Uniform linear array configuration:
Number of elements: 48
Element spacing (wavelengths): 0.25
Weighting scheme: kaiser
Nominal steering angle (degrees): -60
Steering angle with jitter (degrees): -59.597
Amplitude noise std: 0.05
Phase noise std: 0.05

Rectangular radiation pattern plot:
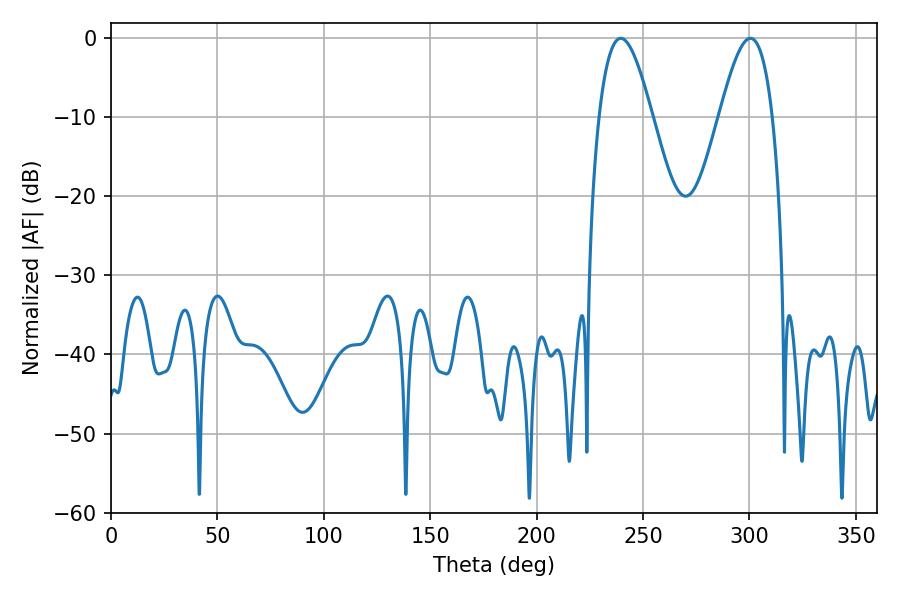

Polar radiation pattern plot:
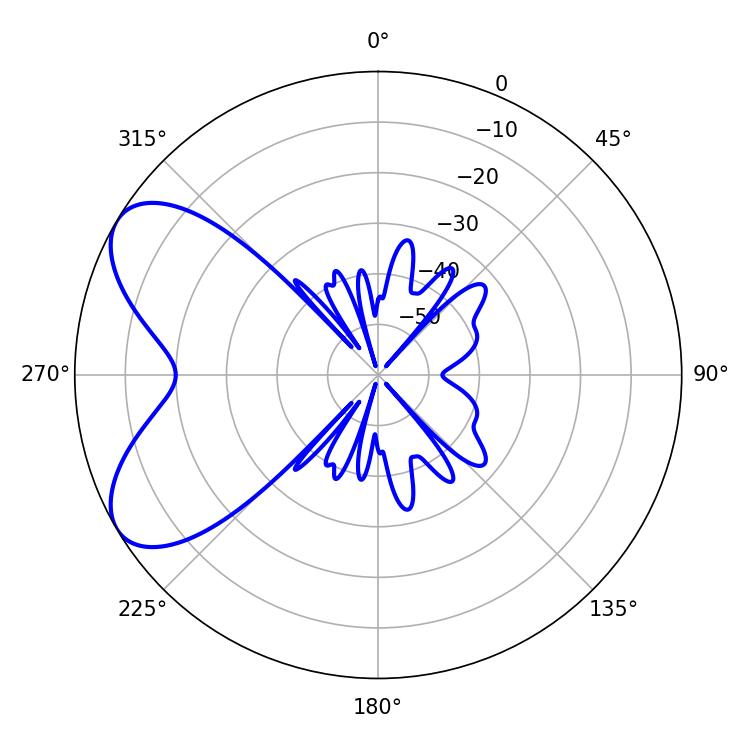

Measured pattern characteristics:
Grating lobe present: FALSE
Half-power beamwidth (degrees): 13.5
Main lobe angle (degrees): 239.58